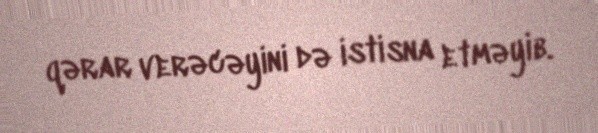
qərar verəcəyini də istisna etməyib.